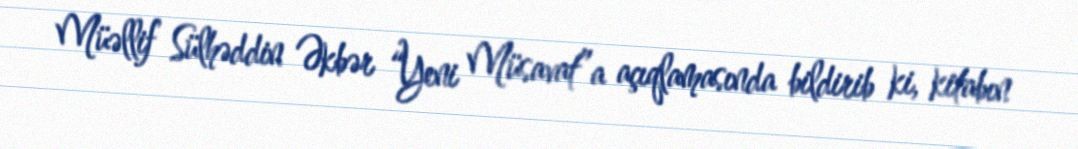
Müəllif Sülhəddin Əkbər “Yeni Müsavat”a açıqlamasında bildirib ki, kitabın